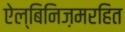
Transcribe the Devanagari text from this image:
ऐल्बिनिज़मरहित